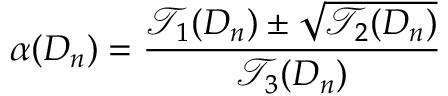
\alpha ( D _ { n } ) = \frac { \mathcal { T } _ { 1 } ( D _ { n } ) \pm \sqrt { \mathcal { T } _ { 2 } ( D _ { n } ) } } { \mathcal { T } _ { 3 } ( D _ { n } ) }